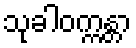
သုခါဝက္ကန္တာ